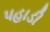
પહાડી